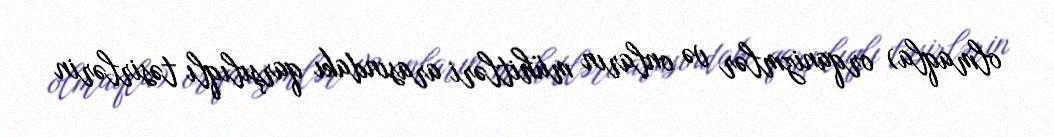
olmaqla) orqanizmlər və onların mühitləri arasındakı qarşılıqlı təsirlərin